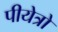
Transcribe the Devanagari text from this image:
पीयेत्रो